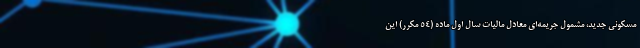
مسکونی جدید، مشمول جریمه‌ای معادل مالیات سال اول ماده (۵۴ مکرر) این